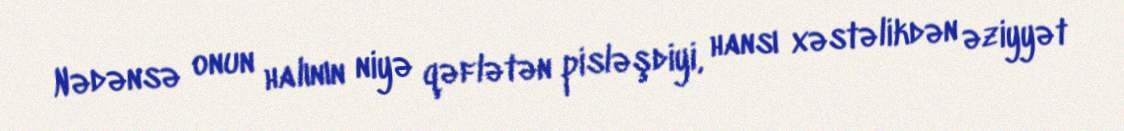
Nədənsə onun halının niyə qəflətən pisləşdiyi, hansı xəstəlikdən əziyyət